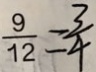
\frac { 9 } { 1 2 } = \frac { 3 } { 4 }